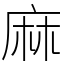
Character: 麻